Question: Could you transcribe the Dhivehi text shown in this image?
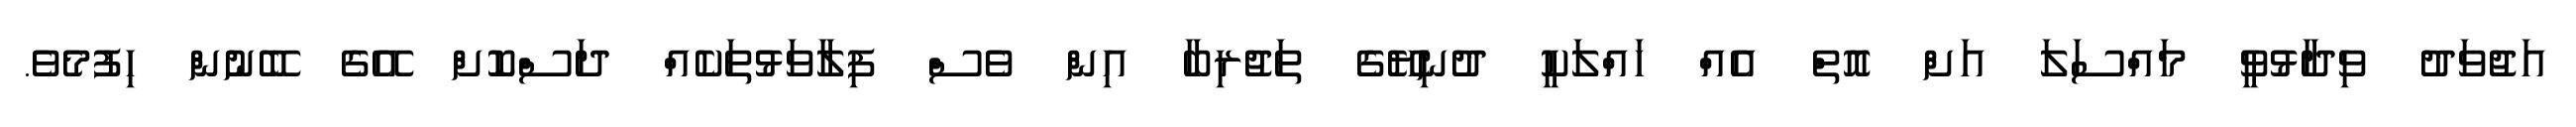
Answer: އަޖުވަދު ވިދާޅުވީ މައްސަލަ އަށް އޮތް އެއް ހައްލަކީ ދުނިޔޭގެ ތަޖުރިބާ އިން ވެސް ފިލާވަޅުތަކެއް ދަސްކޮށް އޭގެ ބޭނުން ހިފުމެވެ.